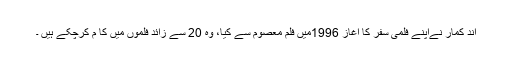
اند کمار نےاپنے فلمی سفر کا آغاز 1996میں فلم معصوم سے کیا، وہ 20 سے زائد فلموں میں کا م کرچکے ہیں ۔